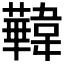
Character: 𩏧